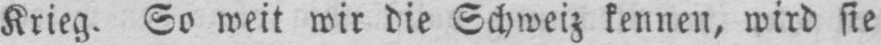
Krieg. So weit wir die Schweiz kennen, wird sie